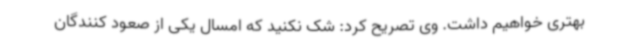
بهتری خواهیم داشت. وی تصریح کرد: شک نکنید که امسال یکی از صعود کنندگان